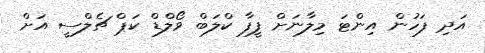
އަދި ފަހުން އިންޓަ މިލާނަށް ފީފާ ކްލަބް ވޯލްޑް ކަޕް ޗެލްސީ އަށް